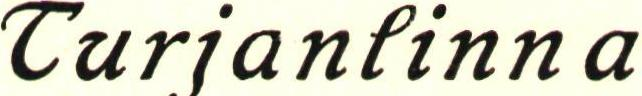
Turjanlinn a